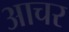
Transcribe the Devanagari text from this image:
आचर